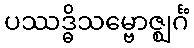
ပဿဒ္ဓိသမ္ဗောဇ္ဈင်္ဂံ